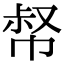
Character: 𢃝